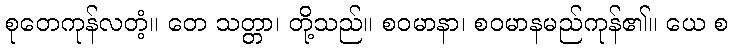
စုတေကုန်လတံ့။ တေ သတ္တာ၊ တို့သည်။ စဝမာနာ၊ စဝမာနမည်ကုန်၏။ ယေ စ